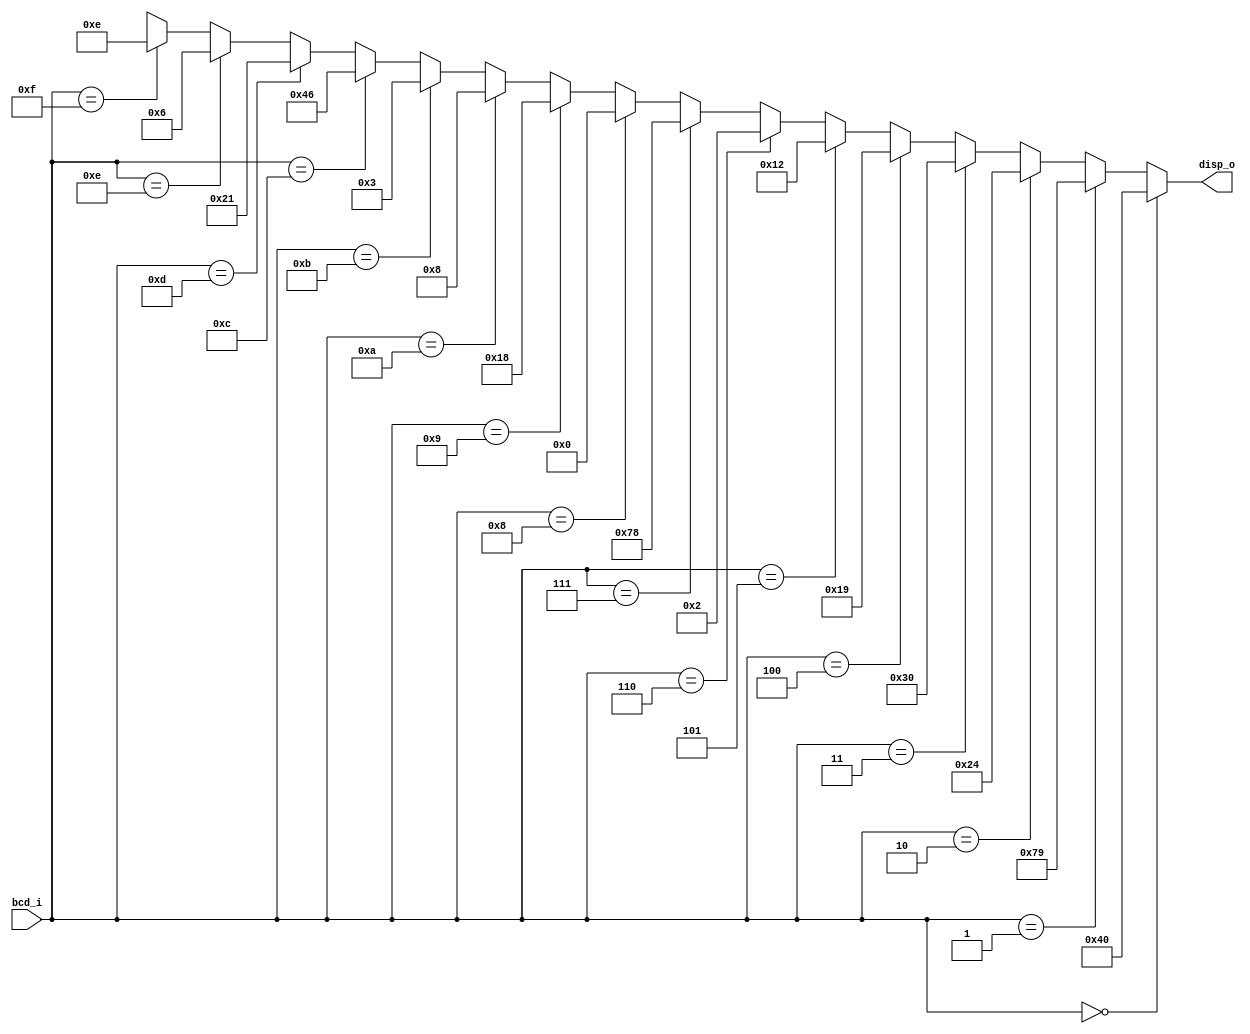
// CPEN 230L lab 8, BCD to 7-segment display decoder
// Rick Nungester, 2/27/16, Modified by Daniel Hong 11/16/23 to Hex-compatible version

module dec7seg (
  input [3:0] bcd_i,     // BCD digit in
  output [6:0] disp_o);  // 7-segment display drive out

  // display segment number:           6543210
  assign disp_o = (bcd_i == 4'd0) ? 7'b1000000 :
                  (bcd_i == 4'd1) ? 7'b1111001 :
                  (bcd_i == 4'd2) ? 7'b0100100 :
                  (bcd_i == 4'd3) ? 7'b0110000 :
                  (bcd_i == 4'd4) ? 7'b0011001 :
                  (bcd_i == 4'd5) ? 7'b0010010 :
                  (bcd_i == 4'd6) ? 7'b0000010 :
                  (bcd_i == 4'd7) ? 7'b1111000 :
                  (bcd_i == 4'd8) ? 7'b0000000 :
                  (bcd_i == 4'd9) ? 7'b0011000 :
						(bcd_i == 4'hA) ? 7'b0001000 :
						(bcd_i == 4'hB) ? 7'b0000011 :
						(bcd_i == 4'hC) ? 7'b1000110 :
						(bcd_i == 4'hD) ? 7'b0100001 :
						(bcd_i == 4'hE) ? 7'b0000110 :
						(bcd_i == 4'hF) ? 7'b0001110 :
                                    7'bxxxxxxx;
endmodule